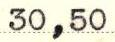
30,50